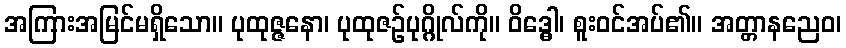
အကြားအမြင်မရှိသော။ ပုထုဇ္ဇနော၊ ပုထုဇဉ်ပုဂ္ဂိုလ်ကို။ ဝိဒ္ဓေါ၊ စူးဝင်အပ်၏။ အတ္တာနညေဝ၊